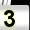
Digit: 3